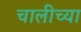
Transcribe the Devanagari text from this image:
चालीच्या